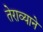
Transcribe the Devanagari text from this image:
तेराव्याने